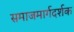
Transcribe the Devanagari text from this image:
समाजमार्गदर्शक